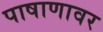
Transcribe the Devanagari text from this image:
पाषाणावर